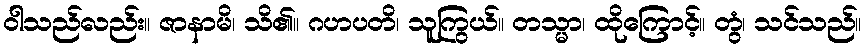
ဝါသည်လည်း။ ဇာနာမိ၊ သိ၏။ ဂဟပတိ၊ သူကြွယ်။ တသ္မာ၊ ထိုကြောင့်။ တွံ၊ သင်သည်။